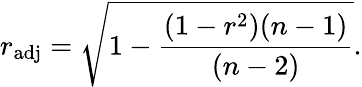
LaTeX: r_{\mathrm{adj}}={\sqrt{1-{\frac{(1-r^{2})(n-1)}{(n-2)}}}}.